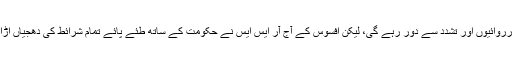
خفیہ کارروائیوں اور تشدد سے دور رہے گی، لیکن افسوس کے آج آر ایس ایس نے حکومت کے ساتھ طئے پائے تمام شرائط کی دھجیاں اڑادی ہیں۔